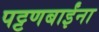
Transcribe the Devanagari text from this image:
पट्टणबाईंना